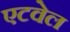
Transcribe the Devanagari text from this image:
एटवेल